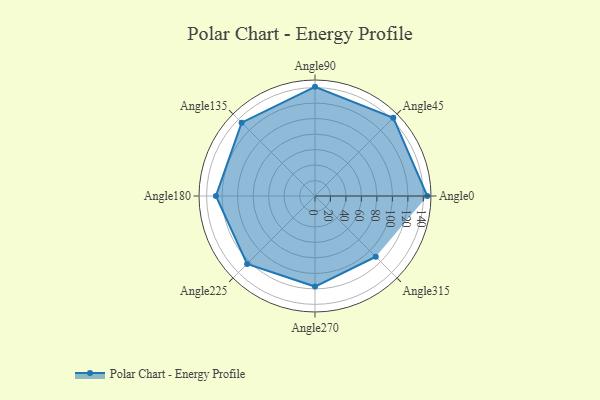
{"axis": {"x": "Angle", "y": "Radius"}, "legend": [""], "data": [{"x": "Angle0", "y": 145.0, "type": ""}, {"x": "Angle45", "y": 143.0, "type": ""}, {"x": "Angle90", "y": 141.0, "type": ""}, {"x": "Angle135", "y": 134.0, "type": ""}, {"x": "Angle180", "y": 128.0, "type": ""}, {"x": "Angle225", "y": 124.0, "type": ""}, {"x": "Angle270", "y": 117.0, "type": ""}, {"x": "Angle315", "y": 111.0, "type": ""}]}